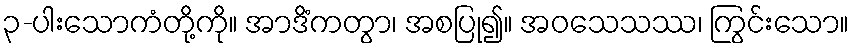
၃-ပါးသောကံတို့ကို။ အာဒိံကတွာ၊ အစပြု၍။ အဝသေသဿ၊ ကြွင်းသော။